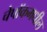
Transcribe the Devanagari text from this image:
चेपॉकमधील